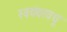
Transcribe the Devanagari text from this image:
स्वयंवरवधू